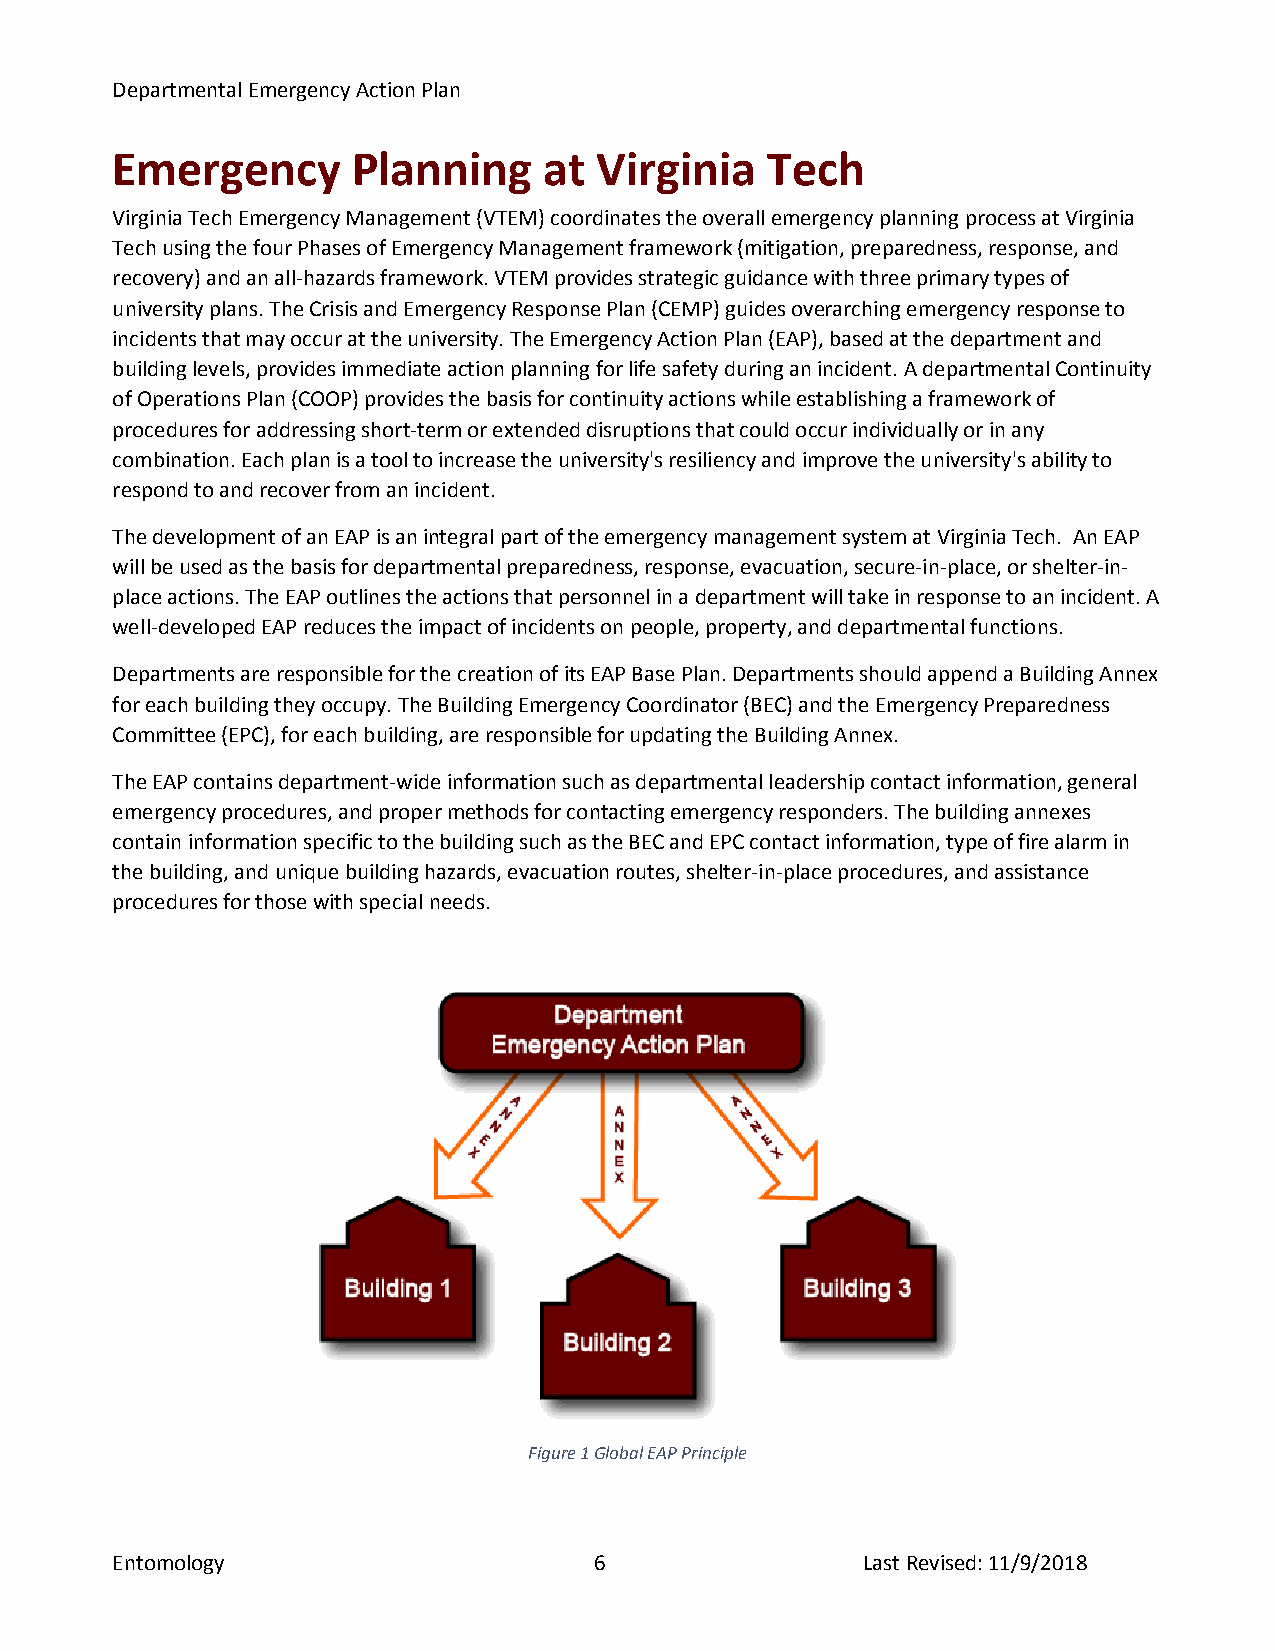
Departmental Emergency Action Plan
 Emergency       Planning     at  Virginia   Tech
 Virginia Tech Emergency Management (VTEM) coordinates the overall emergency planning process at Virginia
 Tech using the four Phases of Emergency Management framework (mitigation, preparedness, response, and
 recovery) and an all-hazards framework. VTEM provides strategic guidance with three primary types of
 university plans. The Crisis and Emergency Response Plan (CEMP) guides overarching emergency response to
 incidents that may occur at the university. The Emergency Action Plan (EAP), based at the department and
 building levels, provides immediate action planning for life safety during an incident. A departmental Continuity
 of Operations Plan (COOP) provides the basis for continuity actions while establishing a framework of
 procedures for addressing short-term or extended disruptions that could occur individually or in any
 combination. Each plan is a tool to increase the university's resiliency and improve the university's ability to
 respond to and recover from an incident.
 The development of an EAP is an integral part of the emergency management system at Virginia Tech. An EAP
 will be used as the basis for departmental preparedness, response, evacuation, secure-in-place, or shelter-in-
 place actions. The EAP outlines the actions that personnel in a department will take in response to an incident. A
 well-developed EAP reduces the impact of incidents on people, property, and departmental functions.
 Departments are responsible for the creation of its EAP Base Plan. Departments should append a Building Annex
 for each building they occupy. The Building Emergency Coordinator (BEC) and the Emergency Preparedness
 Committee (EPC), for each building, are responsible for updating the Building Annex.
 The EAP contains department-wide information such as departmental leadership contact information, general
 emergency procedures, and proper methods for contacting emergency responders. The building annexes
 contain information specific to the building such as the BEC and EPC contact information, type of fire alarm in
 the building, and unique building hazards, evacuation routes, shelter-in-place procedures, and assistance
 procedures for those with special needs.
 Figure 1 Global EAP Principle
 Entomology                      6                 Last Revised: 11/9/2018